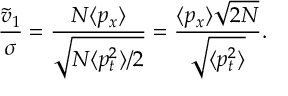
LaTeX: \frac { \tilde { v } _ { 1 } } { \sigma } = \frac { N \langle p _ { x } \rangle } { \sqrt { N \langle p _ { t } ^ { 2 } \rangle / 2 } } = \frac { \langle p _ { x } \rangle \sqrt { 2 N } } { \sqrt { \langle p _ { t } ^ { 2 } \rangle } } .